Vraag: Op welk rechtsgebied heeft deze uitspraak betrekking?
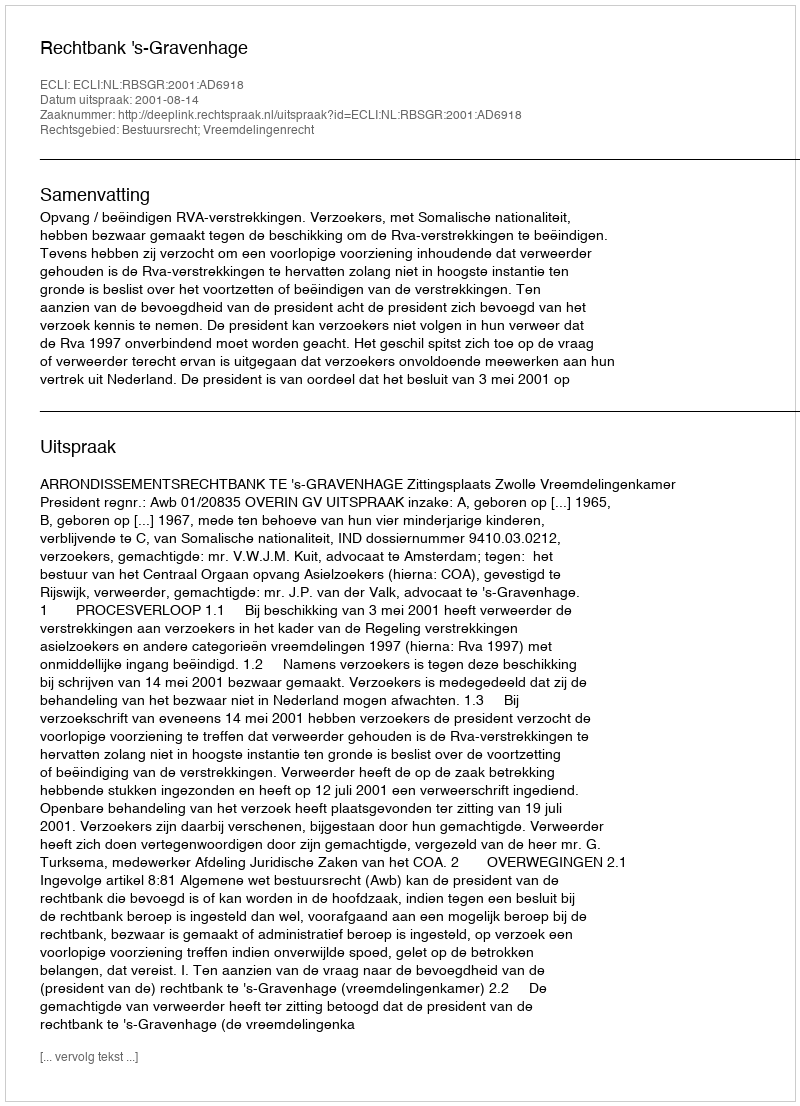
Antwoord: Bestuursrecht; Vreemdelingenrecht